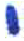
אות: י